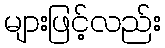
များဖြင့်လည်း